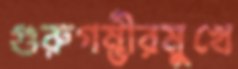
গুরুগম্ভীরমুখে